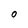
Character: 0